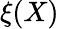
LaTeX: \xi(X)